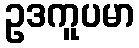
ဥဒကူပမာ